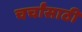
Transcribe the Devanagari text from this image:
चर्चांसाठी